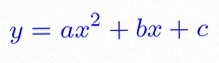
y=ax^2+bx+c